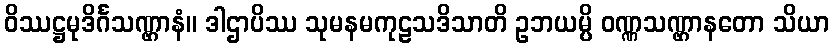
ဝိဿဋ္ဌမုဒိင်္ဂသဏ္ဌာနံ။ ဒါဌာပိဿ သုမနမကုဠသဒိသာတိ ဥဘယမ္ပိ ဝဏ္ဏသဏ္ဌာနတော သိယာ